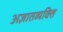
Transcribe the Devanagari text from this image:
अज्ञातव्यक्ति